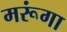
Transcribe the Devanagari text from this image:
मरूंगा